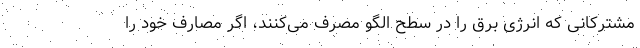
مشترکانی که انرژی برق را در سطح الگو مصرف می‌کنند، اگر مصارف خود را